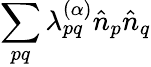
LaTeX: \sum_{pq}\lambda_{pq}^{(\alpha)}\hat{n}_{p}\hat{n}_{q}